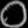
Digit: ၀